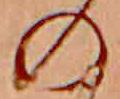
の